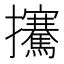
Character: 㩷